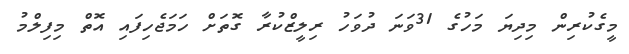
މީގެކުރިން މިދިޔަ މަހުގެ 31ވަނަ ދުވަހު ރިލީޒްކުރާ ގޮތަށް ހަމަޖެހިފައި އޮތް މިފިލްމު